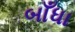
બાઁધા